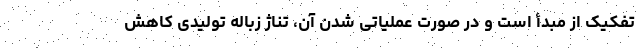
تفکیک از مبدأ است و در صورت عملیاتی شدن آن، تناژ زباله تولیدی کاهش